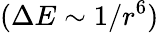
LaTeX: (\Delta E\sim 1/r^{6})